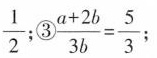
\frac { 1 } { 2 }$$；③$$\frac { a + 2 b } { 3 b } = \frac { 5 } { 3 }$$；